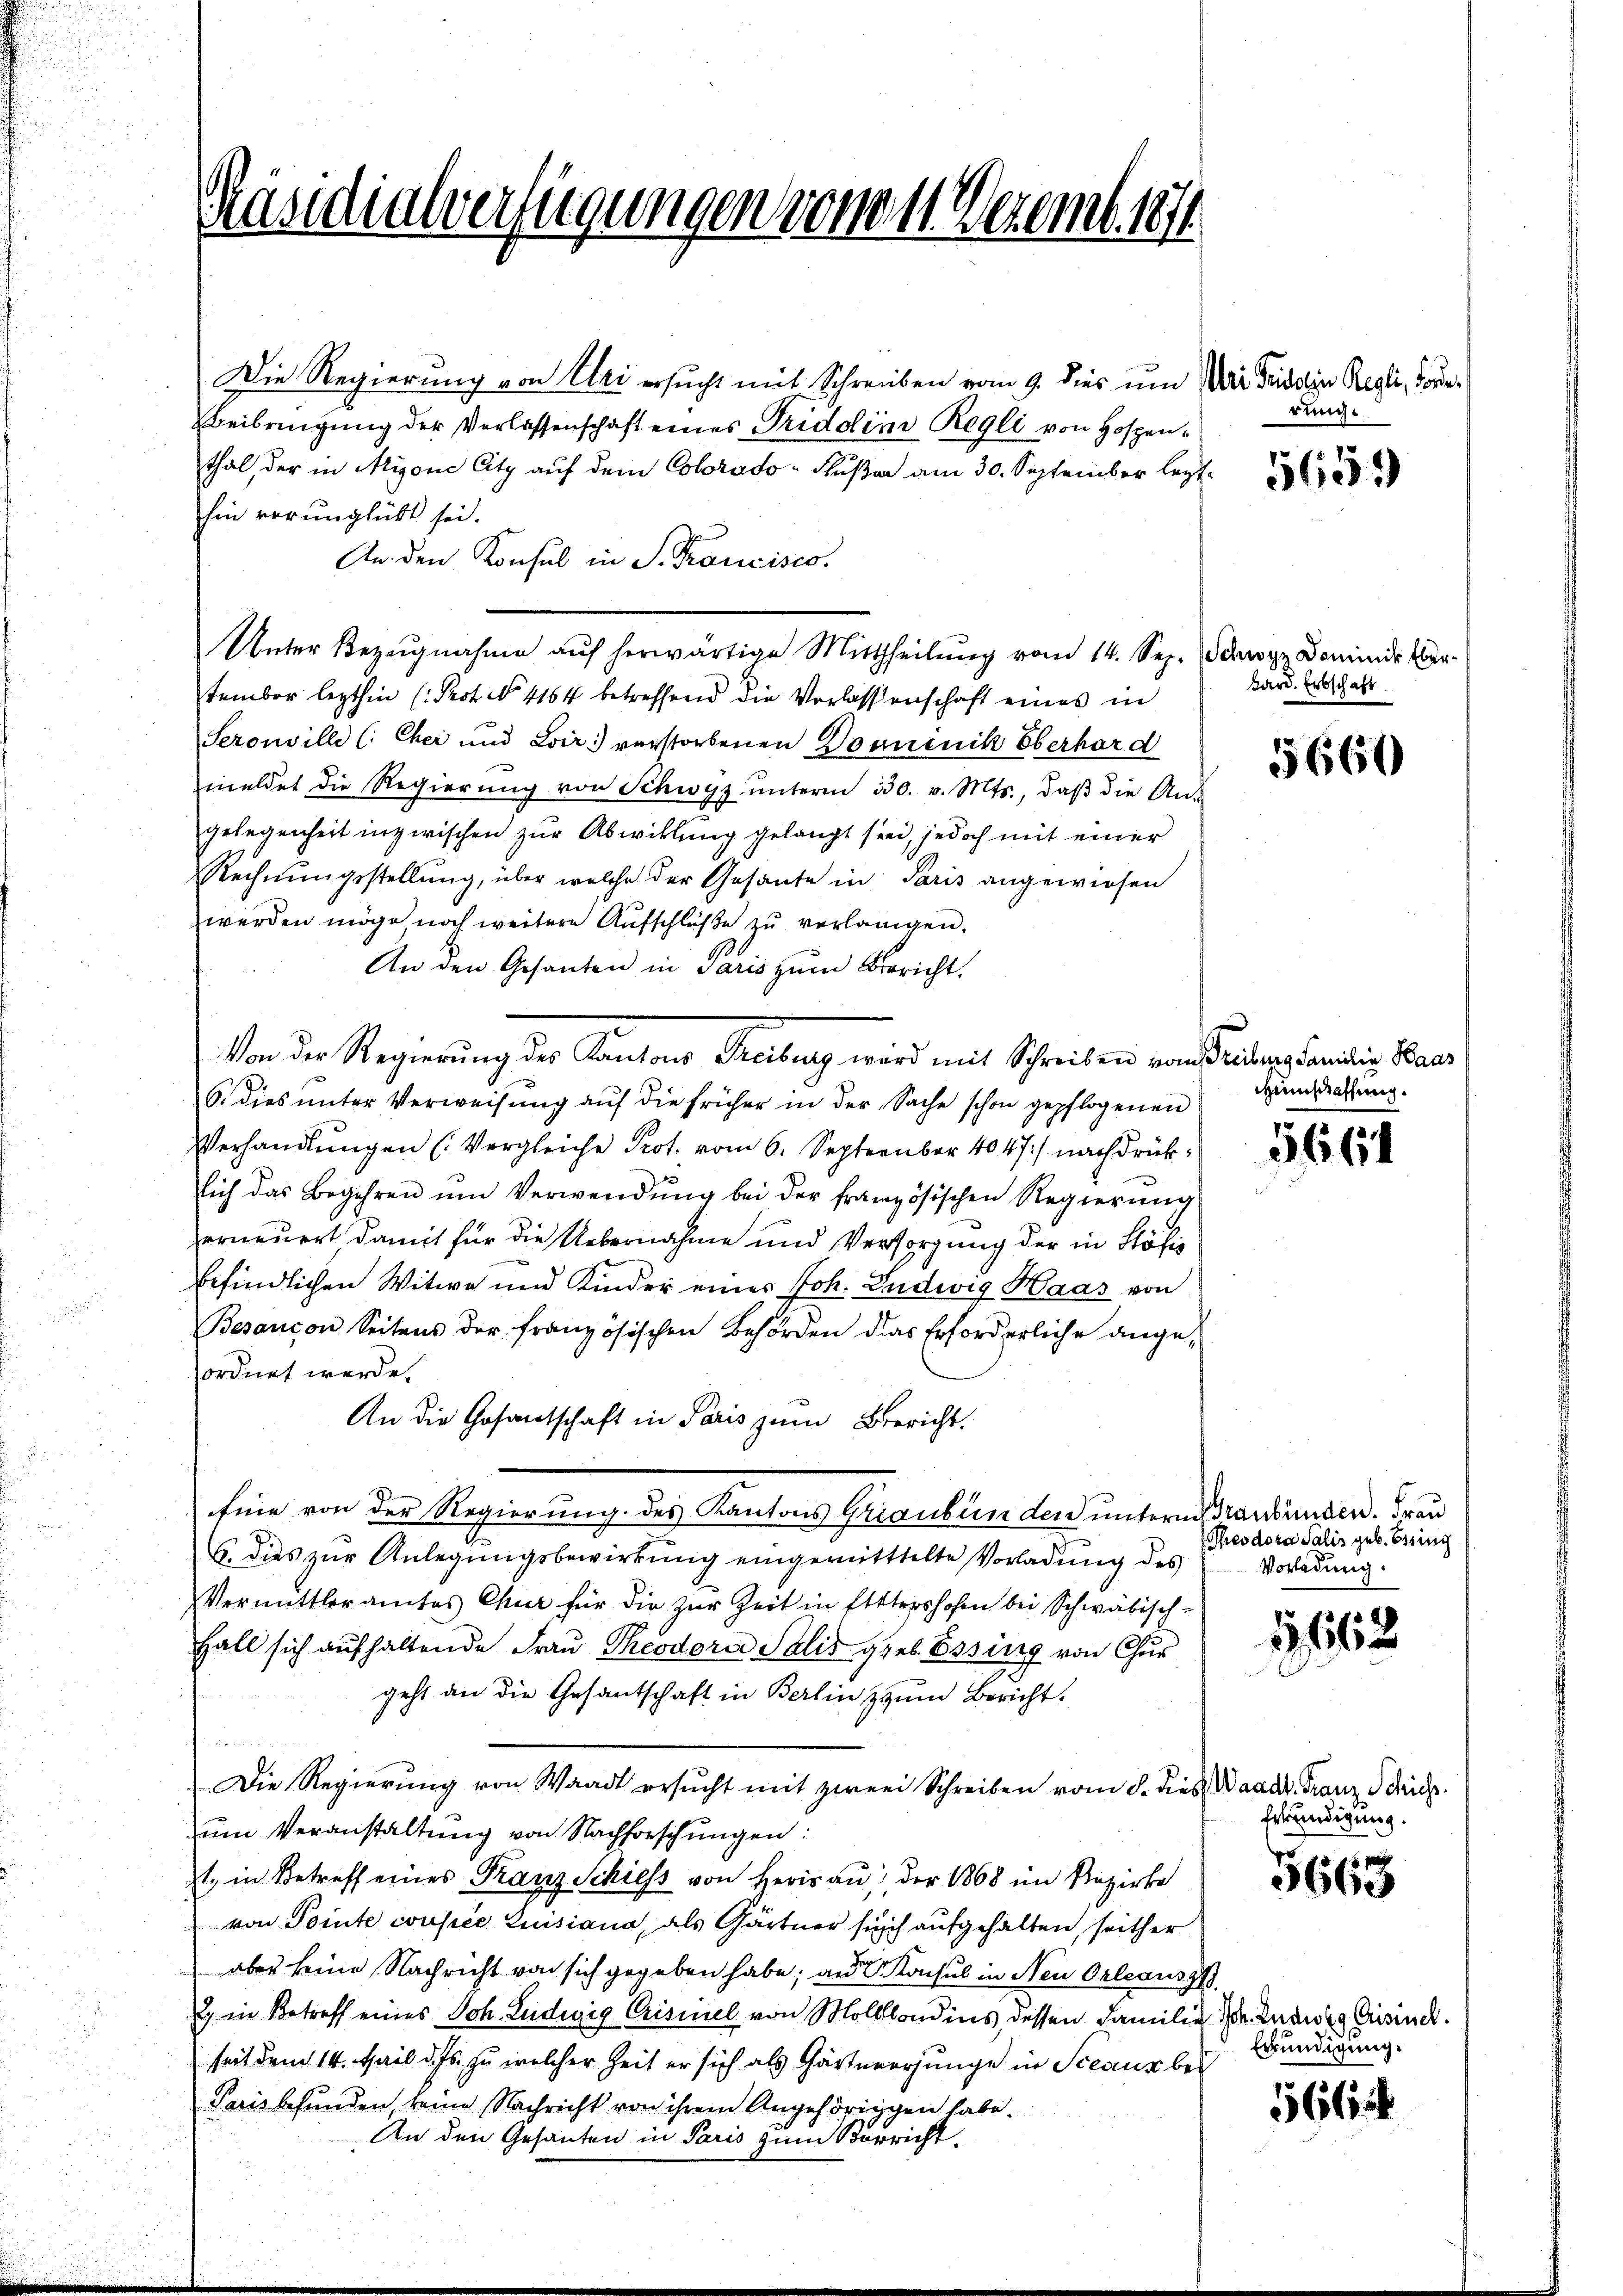
räsidialverfügungen vom 11. Dezemb. 1871

Die Regierung von Uri ersucht mit Schreiben vom 9. dies um Mai Fridolin Regli, Todes
Beibringung der Verlassenschaft eines Triddimi Regli von Hospenthal, der in Alione Citz auf dem Colorado- Fuße am 30. September legt.
hin verunglückt sei.
An den Konsul in S. Francisco
Unter Bezŭgnahme aŭf herwärtige Mittheilŭng vom 14. Sep. Schwyz Dominde Ver-
tember lezthin (Prot. No 1164 betreffend die Verlassenschaft eines in
Serouville (: Cher und Loir.) verstorbenen Donnenik Oberhard
meldet die Regierŭng von Schwyz ŭnterm 330. v. Mts., daβ die An-
gelegenheit inzwischen zur Abwicklung gelangt sei, jedoch mit einer
Rechnŭngsstellung, über welche der Gesante in Paris angewiesen
werden möge noch weitere Aufschlüße zu verlangen.
An den Gesanten in Paris zŭm Bericht.
Von der Regierung des Kantons Freiburg wird mit Schreiben vom Freiburg Familia Baas
6. dies unter Verweisung auf die früher in der Sache schon gepflogenen
Verhandlŭngen (Vergleiche Prot. vom 6. September 4047) nachdrücksich das Begehren ŭm Verwendŭng bei der französischen Regierŭng
erneuert damit für die Uebernahme und Versorgung der in Stöfis
befindlichen Witwe und Kinder eines Joh. Ludwig Haas von
Besancon Seitens der französischen Behörden das Erforderliche angeordnet werde.
An die Gesantschaft in Paris zum Bericht.
Eine von der Regierung des Kantons Graubünden unterm Braubünden. Frau
6. dies zŭr Anlegŭngsbewirkŭng eingerütttelte Vorladŭng des Vorladung.
Vermittleramtes Chur für die zŭr Zeit in Etttershofen bei Schwäbisch-
Hall sich aufhaltende Frau Theodora Salis geb. Essing von Chur
geht an die Gesantschaft in Berlin zum Bericht.
Die Regierung von Waadt ersŭcht mit zwei Schreiben vom 8. dies Waadt Franz d. Mich.
ŭm Veranstaltŭng von Nachforschŭngen:
1) in Betreff eines Franz Schiess von Herisau, der 1868 im Bezirke
von Pointe coupée Luisiana, als Gärtner such aufgehalten, seither
aber keine Nachricht von sich gegeben habe; an Konsul in Neu Orleausg
& in Betreff eines Joh. Ludwig Crisiuel von Mollondins, dessen Familie
seit dem 14. Mail d. Js. zu welcher Zeit er sich als Gärtererjunge in Sceaux be¬
Paris befunden, keine Nachricht von ihrem Angehöriggen habe.
An den Gesanten in Paris zum Vorricht

rung.

Bard. Erbschaft

Geistraffung.

Theodora Salis geb. Essing

659

5660

5664

1,162

Erkundigung

.
5660

1.
2. Joh. Ludwig Gisincl.
Erkündigung.

5664